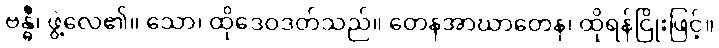
ဗန္ဓီ၊ ဖွဲ့လေ၏။ သော၊ ထိုဒေဝဒတ်သည်။ တေနအာဃာတေန၊ ထိုရန်ငြိုးဖြင့်။